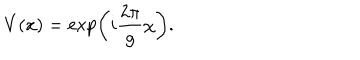
V ( x ) = \exp \left( i { \frac { 2 \pi } { g } } \chi \right) .